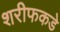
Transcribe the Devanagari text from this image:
शरीफकडे